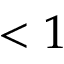
< 1